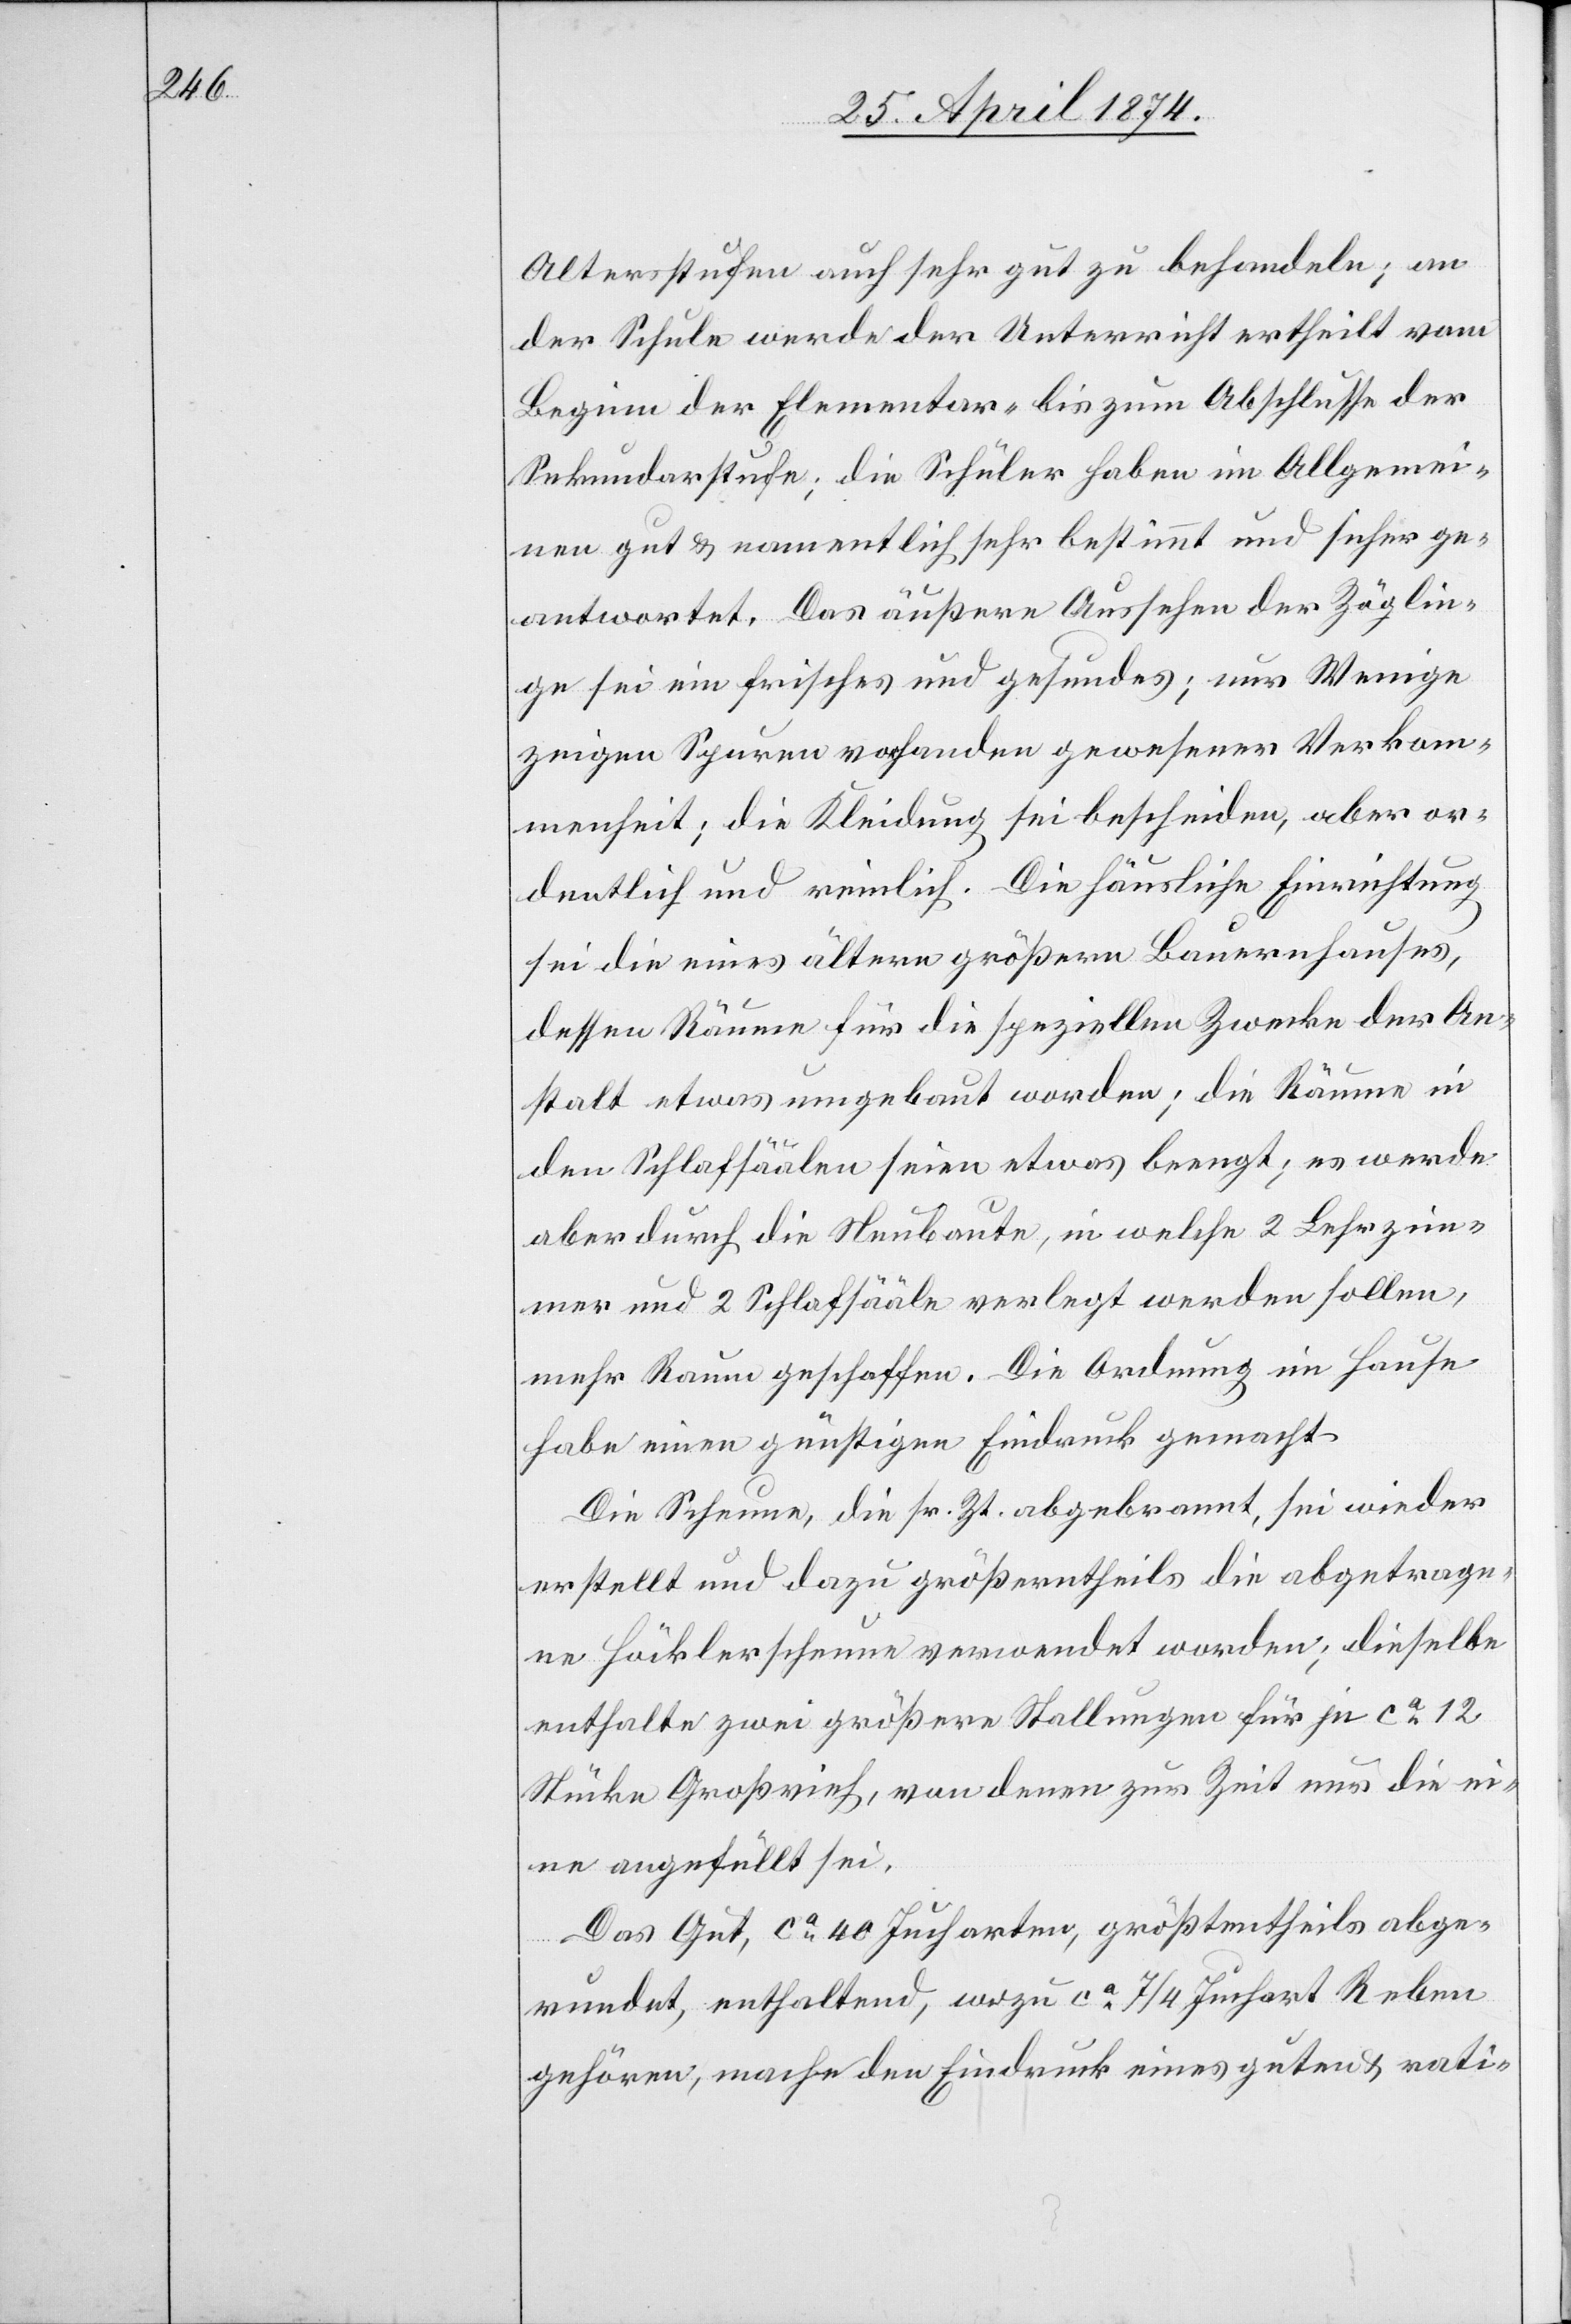
Altersstufen auch sehr gut zu behandeln; an
der Schule werde der Unterricht ertheilt vom
Beginn der Elementar – bis zum Abschlusse der
Sekundarstufe; die Schüler haben im Allgemei¬
nen gut u. namentlich sehr bestimmt und sicher ge¬
antwortet. Das äußere Aussehen der Zöglin¬
ge sei ein frisches und gesundes; nur Wenige
zeigen Spuren vorhanden gewesener Verkom¬
menheit; die Kleidung sei bescheiden, aber or¬
dentlich und reinlich. Die häusliche Einrichtung
sei die eines ältern größern Bauernhauses,
dessen Räume für die speziellen Zwecke der An¬
stalt etwas umgebaut worden; die Räume in
den Schlafsäälen seien etwas beengt; es werde
aber durch die Neubaute, in welche 2 Lehrzim¬
mer und 2 Schlafsääle verlegt werden sollen,
mehr Raum geschaffen. Die Ordnung im Hause
habe einen günstigen Eindruck gemacht.
Die Scheune, die sr. Zt. abgebrannt, sei wieder
erstellt und dazu größtentheils die abgetrage¬
ne Höcklerscheune verwendet worden; dieselbe
enthalte zwei größere Stallungen für je ca 12
Stücke Großvieh, von denen zur Zeit nur die ei¬
ne angefüllt sei.
Das Gut, ca 40 Jurcharten, größtentheils abge¬
rundet, enthaltend, wozu ca 7/4 Juchart Reben
gehören, mache den Eindruck eines guten u. rati-